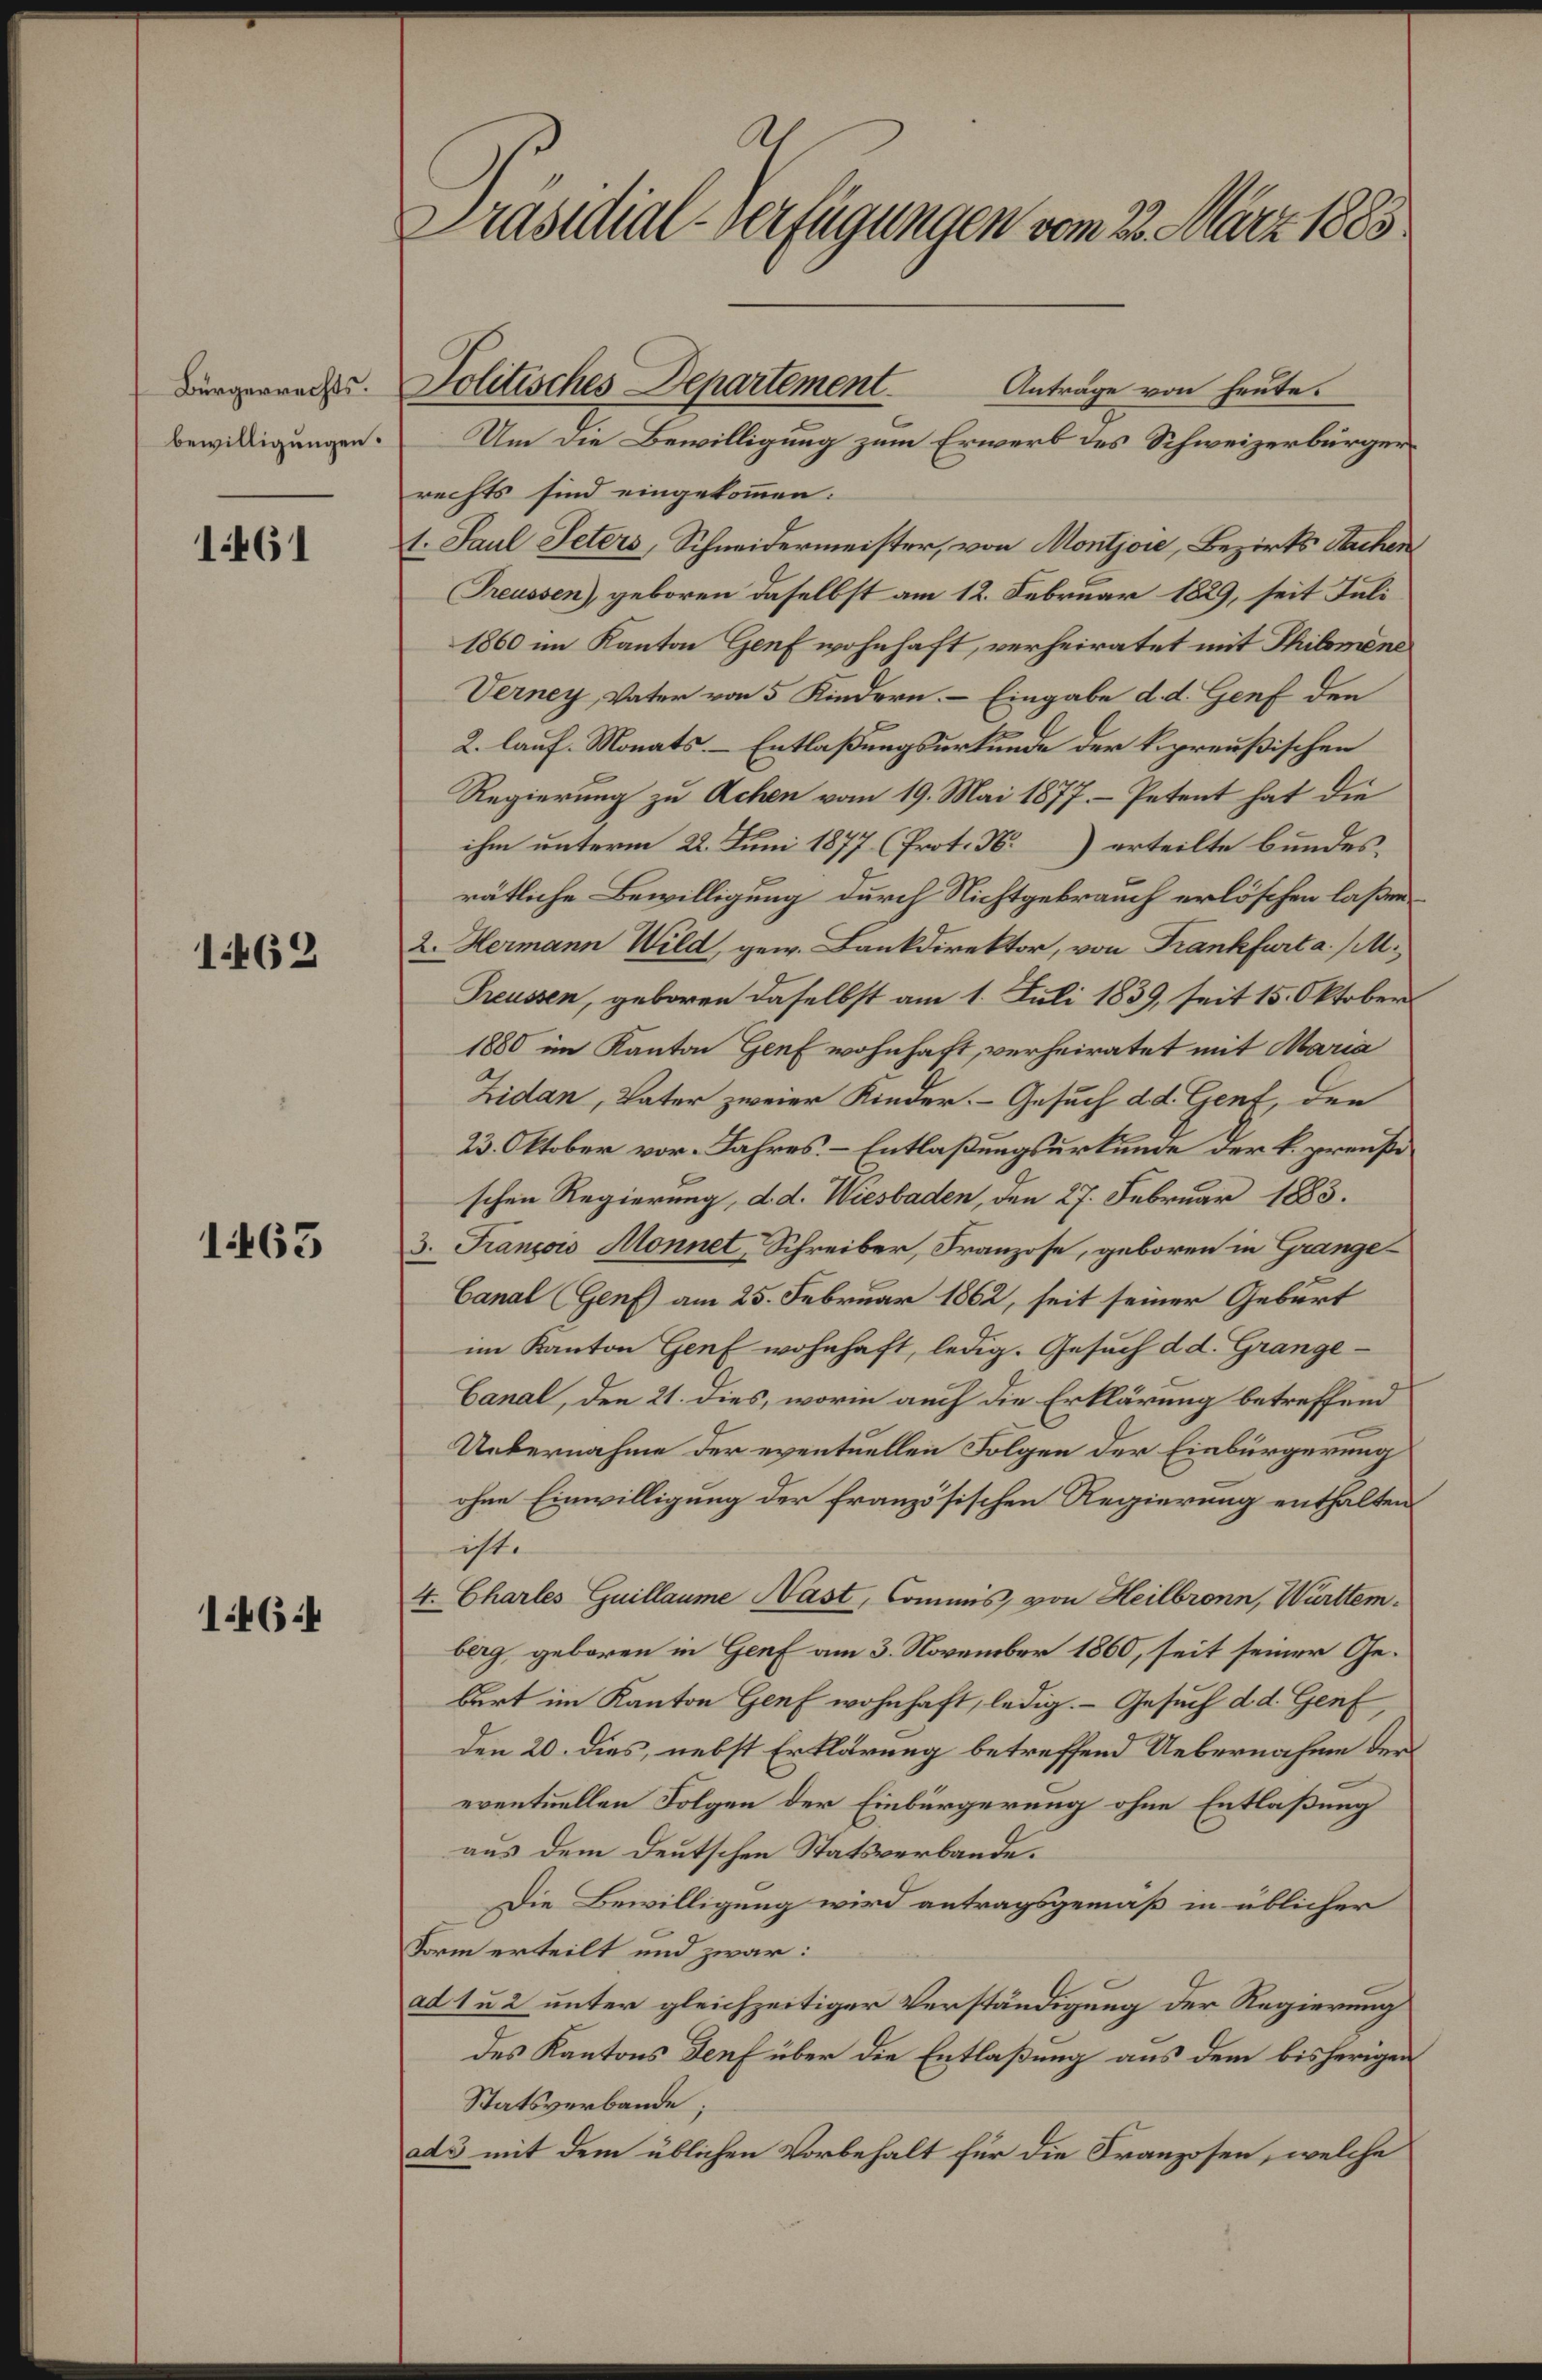
Präsidial-Verfügungen vom 22. März 1883.
Bürgerrechts¬
bewilligungen.
1461
Politisches Departement. Anträge von heute.
Um die Bewilligung zum Erwerb des Schweizerbürger¬
rechts sind eingekom̄en:
1. Paul Peters, Schneidermeister, von Montjoie, Bezirks Aachen
(Preussen), geboren daselbst am 12. Februar 1829, seit Juli
1860 im Kanton Genf wohnhaft, verheiratet mit Philomène
Verney, Vater von 5 Kindern. — Eingabe d.d. Genf den
2. lauf. Monats. — Entlaßungsurkunde der k. preußischen
Regierung zu Achen vom 19. Mai 1877. — Petent hat die
ihm unterm 22. Juni 1877 (Prot. No.)erteilte bundes¬
rätliche Bewilligung durch Nichtgebrauch erlöschen laßen.
1462
2. Hermann Wild, gew. Bankdirektor, von Frankfurt a./M.,
Preussen, geboren daselbst am 1. Juli 1839, seit 15. Oktober
1880 im Kanton Genf wohnhaft, verheiratet mit Maria
Zidan, Vater zweier Kinder. — Gesuch d.d. Genf, den
23. Oktober vor. Jahres. — Entlaßungsurkunde der k. preußi¬
schen Regierung, d.d. Wiesbaden, den 27. Februar 1883.
1463
3. François Monnet, Schreiber, Franzose, geboren in Grange-
Canal (Genf) am 25. Februar 1862, seit seiner Geburt
im Kanton Genf wohnhaft, ledig. Gesuch d.d. Grange-
Canal, den 21. dies, worin auch die Erklärung betreffend
Uebernahme der eventuellen Folgen der Einbürgerung
ohne Einwilligung der französischen Regierung enthalten
ist.
1464
4. Charles Guillaume Nast, Commis, von Heilbronn, Württem¬
berg, geboren in Genf am 3. November 1860, seit seiner Ge¬
burt im Kanton Genf wohnhaft, ledig. — Gesuch d.d. Genf,
den 20. dies, nabst Erklärung betreffend Uebernahme der
eventuellen Folgen der Einbürgerung ohne Entlaßung
aus dem deutschen Statsverbande.
Die Bewilligung wird antragsgemäß in üblicher
Form erteilt und zwar:
ad 1 u 2 unter gleichzeitiger Verständigung der Regierung
des Kantons Genf über die Entlaßung aus dem bisherigen
Statsverbande,
ad 3 mit dem üblichen Vorbehalt für die Franzosen, welche